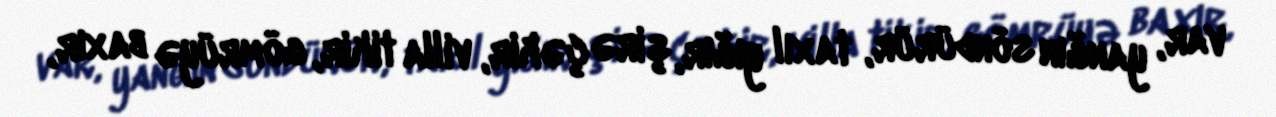
var, yanğın söndürür, taxıl yığır, şirə çəkir, villa tikir, gömrüyə baxır,